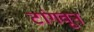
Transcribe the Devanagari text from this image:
टांगवून